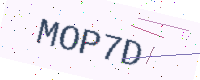
Text: MOP7D